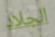
الجلاد